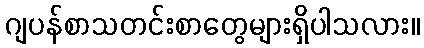
ဂျပန်စာသတင်းစာတွေများရှိပါသလား။